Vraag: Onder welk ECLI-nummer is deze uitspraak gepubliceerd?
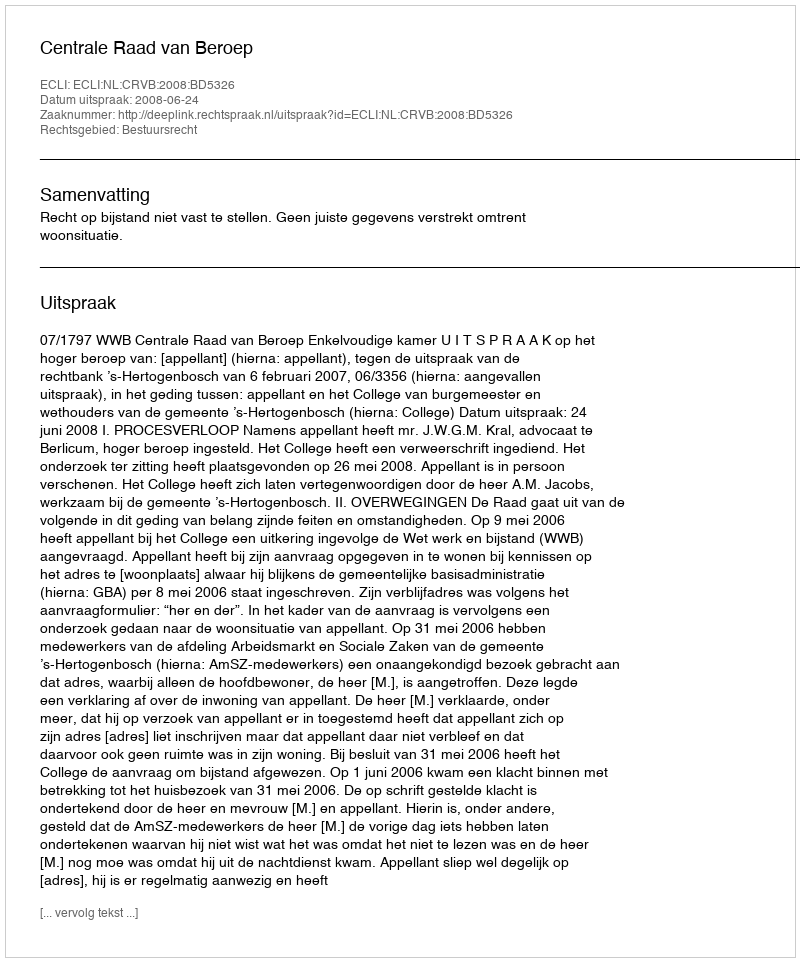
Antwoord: ECLI:NL:CRVB:2008:BD5326